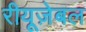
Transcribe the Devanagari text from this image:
रीयूज़ेबल